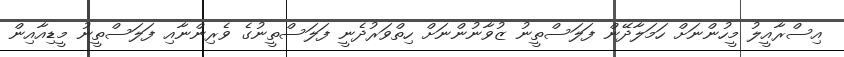
އިސްރާއީލު މީހުންނަށް ހަމަލާދޭން ފަލަސްތީނު ޒުވާނުންނަށް ހިތްވަރުދެނީ ފަލަސްތީނުގެ ވެރިންނާއި ފަލަސްތީނު މީޑިއާއިން